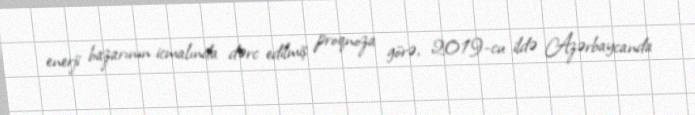
enerji bazarının icmalında dərc edilmiş proqnoza görə, 2019-cu ildə Azərbaycanda